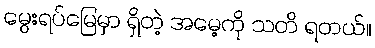
မွေးရပ်မြေမှာ ရှိတဲ့ အမေ့ကို သတိ ရတယ်။